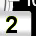
Digit: 2